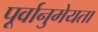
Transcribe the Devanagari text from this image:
पूर्वानुमेयता